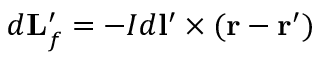
d \mathbf { L } _ { f } ^ { \prime } = - I d \mathbf { l } ^ { \prime } \times ( \mathbf { r } - \mathbf { r ^ { \prime } } )